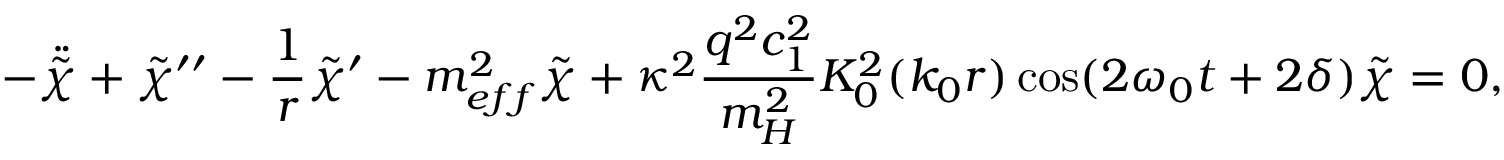
- \ddot { \tilde { \chi } } + \tilde { \chi } ^ { \prime \prime } - \frac { 1 } { r } \tilde { \chi } ^ { \prime } - m _ { e f f } ^ { 2 } \tilde { \chi } + \kappa ^ { 2 } \frac { q ^ { 2 } c _ { 1 } ^ { 2 } } { m _ { H } ^ { 2 } } K _ { 0 } ^ { 2 } ( k _ { 0 } r ) \cos ( 2 \omega _ { 0 } t + 2 \delta ) \tilde { \chi } = 0 ,